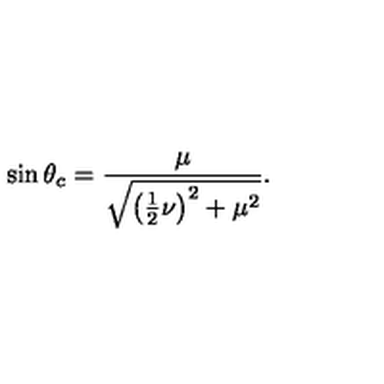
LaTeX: \sin { \theta _ { c } } = \frac { \mu } { \sqrt { \left( \frac { 1 } { 2 } \nu \right) ^ { 2 } + \mu ^ { 2 } } } .